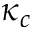
\kappa _ { c }